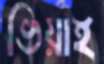
ভিয়াই